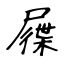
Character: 屧